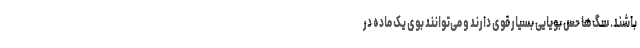
باشند. سگ‌ها حس بویایی بسیار قوی دارند و می‌توانند بوی یک ماده در